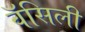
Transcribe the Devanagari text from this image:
वॅसिली